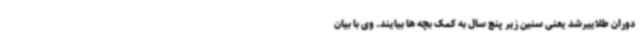
دوران طلاییرشد یعنی سنین زیر پنج سال به کمک بچه ها بیایند. وی با بیان